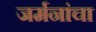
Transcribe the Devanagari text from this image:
जर्मनांचा